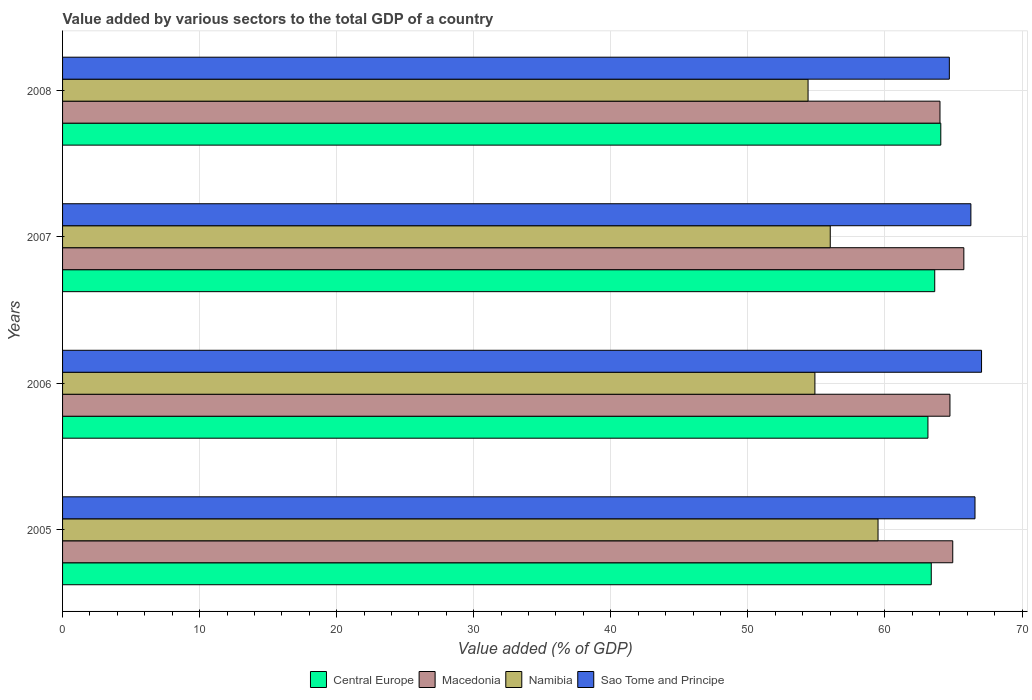
| Years | Central Europe | Macedonia | Namibia | Sao Tome and Principe |
 | --- | --- | --- | --- | --- |
 | 2005 | 63.4 | 64.9 | 59.5 | 66.6 |
 | 2006 | 63.1 | 64.7 | 54.9 | 67 |
 | 2007 | 63.6 | 65.8 | 56 | 66.3 |
 | 2008 | 64.1 | 64 | 54.4 | 64.7 |